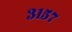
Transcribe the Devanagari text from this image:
३१५७